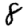
Digit: 8